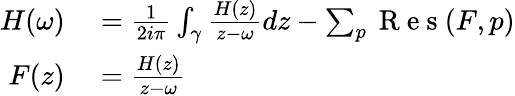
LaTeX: \begin{array}{r}{\begin{array}{rl}{H(\omega)}&{{}=\frac{1}{2i\pi}\int_{\gamma}\frac{H(z)}{z-\omega}dz-\sum_{p}\mathrm{~R~e~s~}(F,p)}\\ {F(z)}&{{}=\frac{H(z)}{z-\omega}}\end{array}}\end{array}